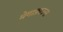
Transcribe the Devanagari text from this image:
मेगाफ़ाउना